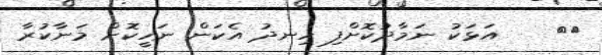
١٠    އަޅަކު ނަމާދުކޮށްފި ހިނދު އެކަން ނަހީކޮށް މަނާކުރާ